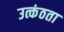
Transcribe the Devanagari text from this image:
उत्कंठता